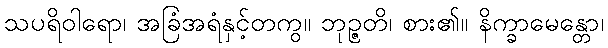
သပရိဝါရော၊ အခြံအရံနှင့်တကွ။ ဘုဉ္ဇတိ၊ စား၏။ နိက္ခာမေန္တော၊